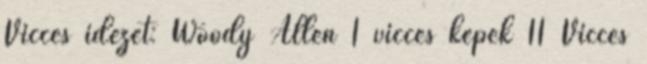
Vicces idézet: Woody Allen 1 vicces képek 11 Vicces